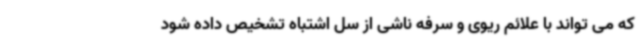
که می تواند با علائم ریوی و سرفه ناشی از سل اشتباه تشخیص داده شود